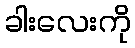
ခါးလေးကို